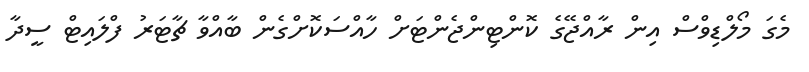
މެގަ މޯލްޑިވްސް އިން ރާއްޖޭގެ ކޮންޓިންޖެންޓަށް ހާއްސަކޮށްގެން ބާއްވާ ޗާޓަރު ފްލައިޓް ސީދާ